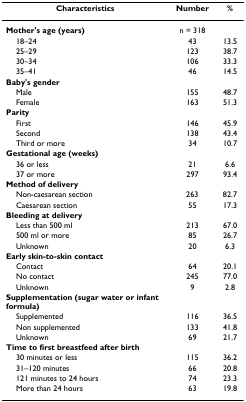
| Characteristics | Number | % |
 | --- | --- | --- |
 | Mother's age (years) | n = 318 |  |
 | 18–24 | 43 | 13.5 |
 | 25–29 | 123 | 38.7 |
 | 30–34 | 106 | 33.3 |
 | 35–41 | 46 | 14.5 |
 | Baby's gender |  |  |
 | Male | 155 | 48.7 |
 | Female | 163 | 51.3 |
 | Parity |  |  |
 | First | 146 | 45.9 |
 | Second | 138 | 43.4 |
 | Third or more | 34 | 10.7 |
 | Gestational age (weeks) |  |  |
 | 36 or less | 21 | 6.6 |
 | 37 or more | 297 | 93.4 |
 | Method of delivery |  |  |
 | Non-caesarean section | 263 | 82.7 |
 | Caesarean section | 55 | 17.3 |
 | Bleeding at delivery |  |  |
 | Less than 500 ml | 213 | 67.0 |
 | 500 ml or more | 85 | 26.7 |
 | Unknown | 20 | 6.3 |
 | Early skin-to-skin contact |  |  |
 | Contact | 64 | 20.1 |
 | No contact | 245 | 77.0 |
 | Unknown | 9 | 2.8 |
 | Supplementation (sugar water or infant formula) |  |  |
 | Supplemented | 116 | 36.5 |
 | Non supplemented | 133 | 41.8 |
 | Unknown | 69 | 21.7 |
 | Time to first breastfeed after birth |  |  |
 | 30 minutes or less | 115 | 36.2 |
 | 31–120 minutes | 66 | 20.8 |
 | 121 minutes to 24 hours | 74 | 23.3 |
 | More than 24 hours | 63 | 19.8 |